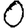
Digit: 0